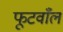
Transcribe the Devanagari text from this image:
फूटवाँल